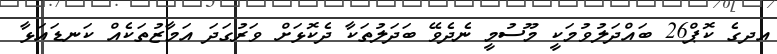
އދގެ ކޮޕް26 ބައްދަލުވުމަކީ މޫސުމީ ނެދެވޭ ބަދަލުތަކާ ދެކޮޅަށް ވަރުގަދަ އަމާޒުތަކެއް ކަނޑައަޅާ